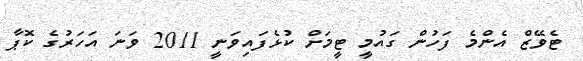
ޓެވޭޒް އެންމެ ފަހުން ގައުމީ ޓީމަށް ކުޅެފައިވަނީ 2011 ވަނަ އަހަރުގެ ކޮޕާ